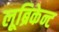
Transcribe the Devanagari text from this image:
लूब्रिकेन्ट